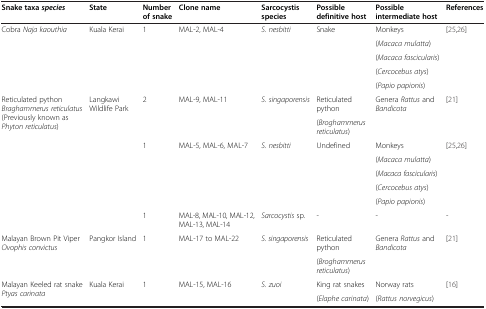
<table><thead><tr><td><b>Snake taxa <i>species</i></b></td><td><b>State</b></td><td><b>Number of snake</b></td><td><b>Clone name</b></td><td><b>Sarcocystis species</b></td><td><b>Possible definitive host</b></td><td><b>Possible intermediate host</b></td><td><b>References</b></td></tr></thead><tbody><tr><td rowspan="5">Cobra <i>Naja kaouthia</i></td><td rowspan="5">Kuala Kerai</td><td rowspan="5">1</td><td rowspan="5">MAL-2, MAL-4</td><td rowspan="5"><i>S. nesbitti</i></td><td rowspan="5">Snake</td><td>Monkeys</td><td rowspan="5">[25,26]</td></tr><tr><td>(<i>Macaca mulatta</i>)</td></tr><tr><td>(<i>Macaca fascicularis</i>)</td></tr><tr><td>(<i>Cercocebus atys</i>)</td></tr><tr><td>(<i>Papio papionis</i>)</td></tr><tr><td rowspan="8">Reticulated python <i>Braghammerus reticulatus</i> (Previously known as <i>Phyton reticulatus</i>)</td><td rowspan="8">Langkawi Wildlife Park</td><td rowspan="2">2</td><td rowspan="2">MAL-9, MAL-11</td><td rowspan="2"><i>S. singaporensis</i></td><td>Reticulated python</td><td rowspan="2">Genera <i>Rattus</i> and <i>Bandicota</i></td><td rowspan="2">[21]</td></tr><tr><td>(<i>Broghammerus reticulatus</i>)</td></tr><tr><td rowspan="5">1</td><td rowspan="5">MAL-5, MAL-6, MAL-7</td><td rowspan="5"><i>S. nesbitti</i></td><td rowspan="5">Undefined</td><td>Monkeys</td><td rowspan="5">[25,26]</td></tr><tr><td>(<i>Macaca mulatta</i>)</td></tr><tr><td>(<i>Macaca fascicularis</i>)</td></tr><tr><td>(<i>Cercocebus atys</i>)</td></tr><tr><td>(<i>Papio papionis</i>)</td></tr><tr><td>1</td><td>MAL-8, MAL-10, MAL-12, MAL-13, MAL-14</td><td><i>Sarcocystis</i> sp.</td><td>-</td><td>-</td><td>-</td></tr><tr><td rowspan="2">Malayan Brown Pit Viper <i>Ovophis convictus</i></td><td rowspan="2">Pangkor Island</td><td rowspan="2">1</td><td rowspan="2">MAL-17 to MAL-22</td><td rowspan="2"><i>S. singaporensis</i></td><td>Reticulated python</td><td rowspan="2">Genera <i>Rattus</i> and <i>Bandicota</i></td><td rowspan="2">[21]</td></tr><tr><td>(<i>Broghammerus reticulatus</i>)</td></tr><tr><td rowspan="2">Malayan Keeled rat snake <i>Ptyas carinata</i></td><td rowspan="2">Kuala Kerai</td><td rowspan="2">1</td><td rowspan="2">MAL-15, MAL-16</td><td rowspan="2"><i>S. zuoi</i></td><td>King rat snakes</td><td>Norway rats</td><td rowspan="2">[16]</td></tr><tr><td>(<i>Elaphe carinata</i>)</td><td>(<i>Rattus norvegicus</i>)</td></tr></tbody></table>